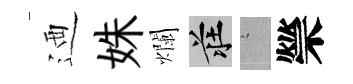
迺姝爛莊搖禜